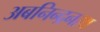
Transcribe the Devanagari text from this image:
अबनिन्द्रनाथ